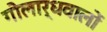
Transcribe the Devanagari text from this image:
गोलार्धवालों